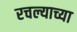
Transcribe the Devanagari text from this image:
रचल्याच्या